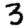
Digit: 3